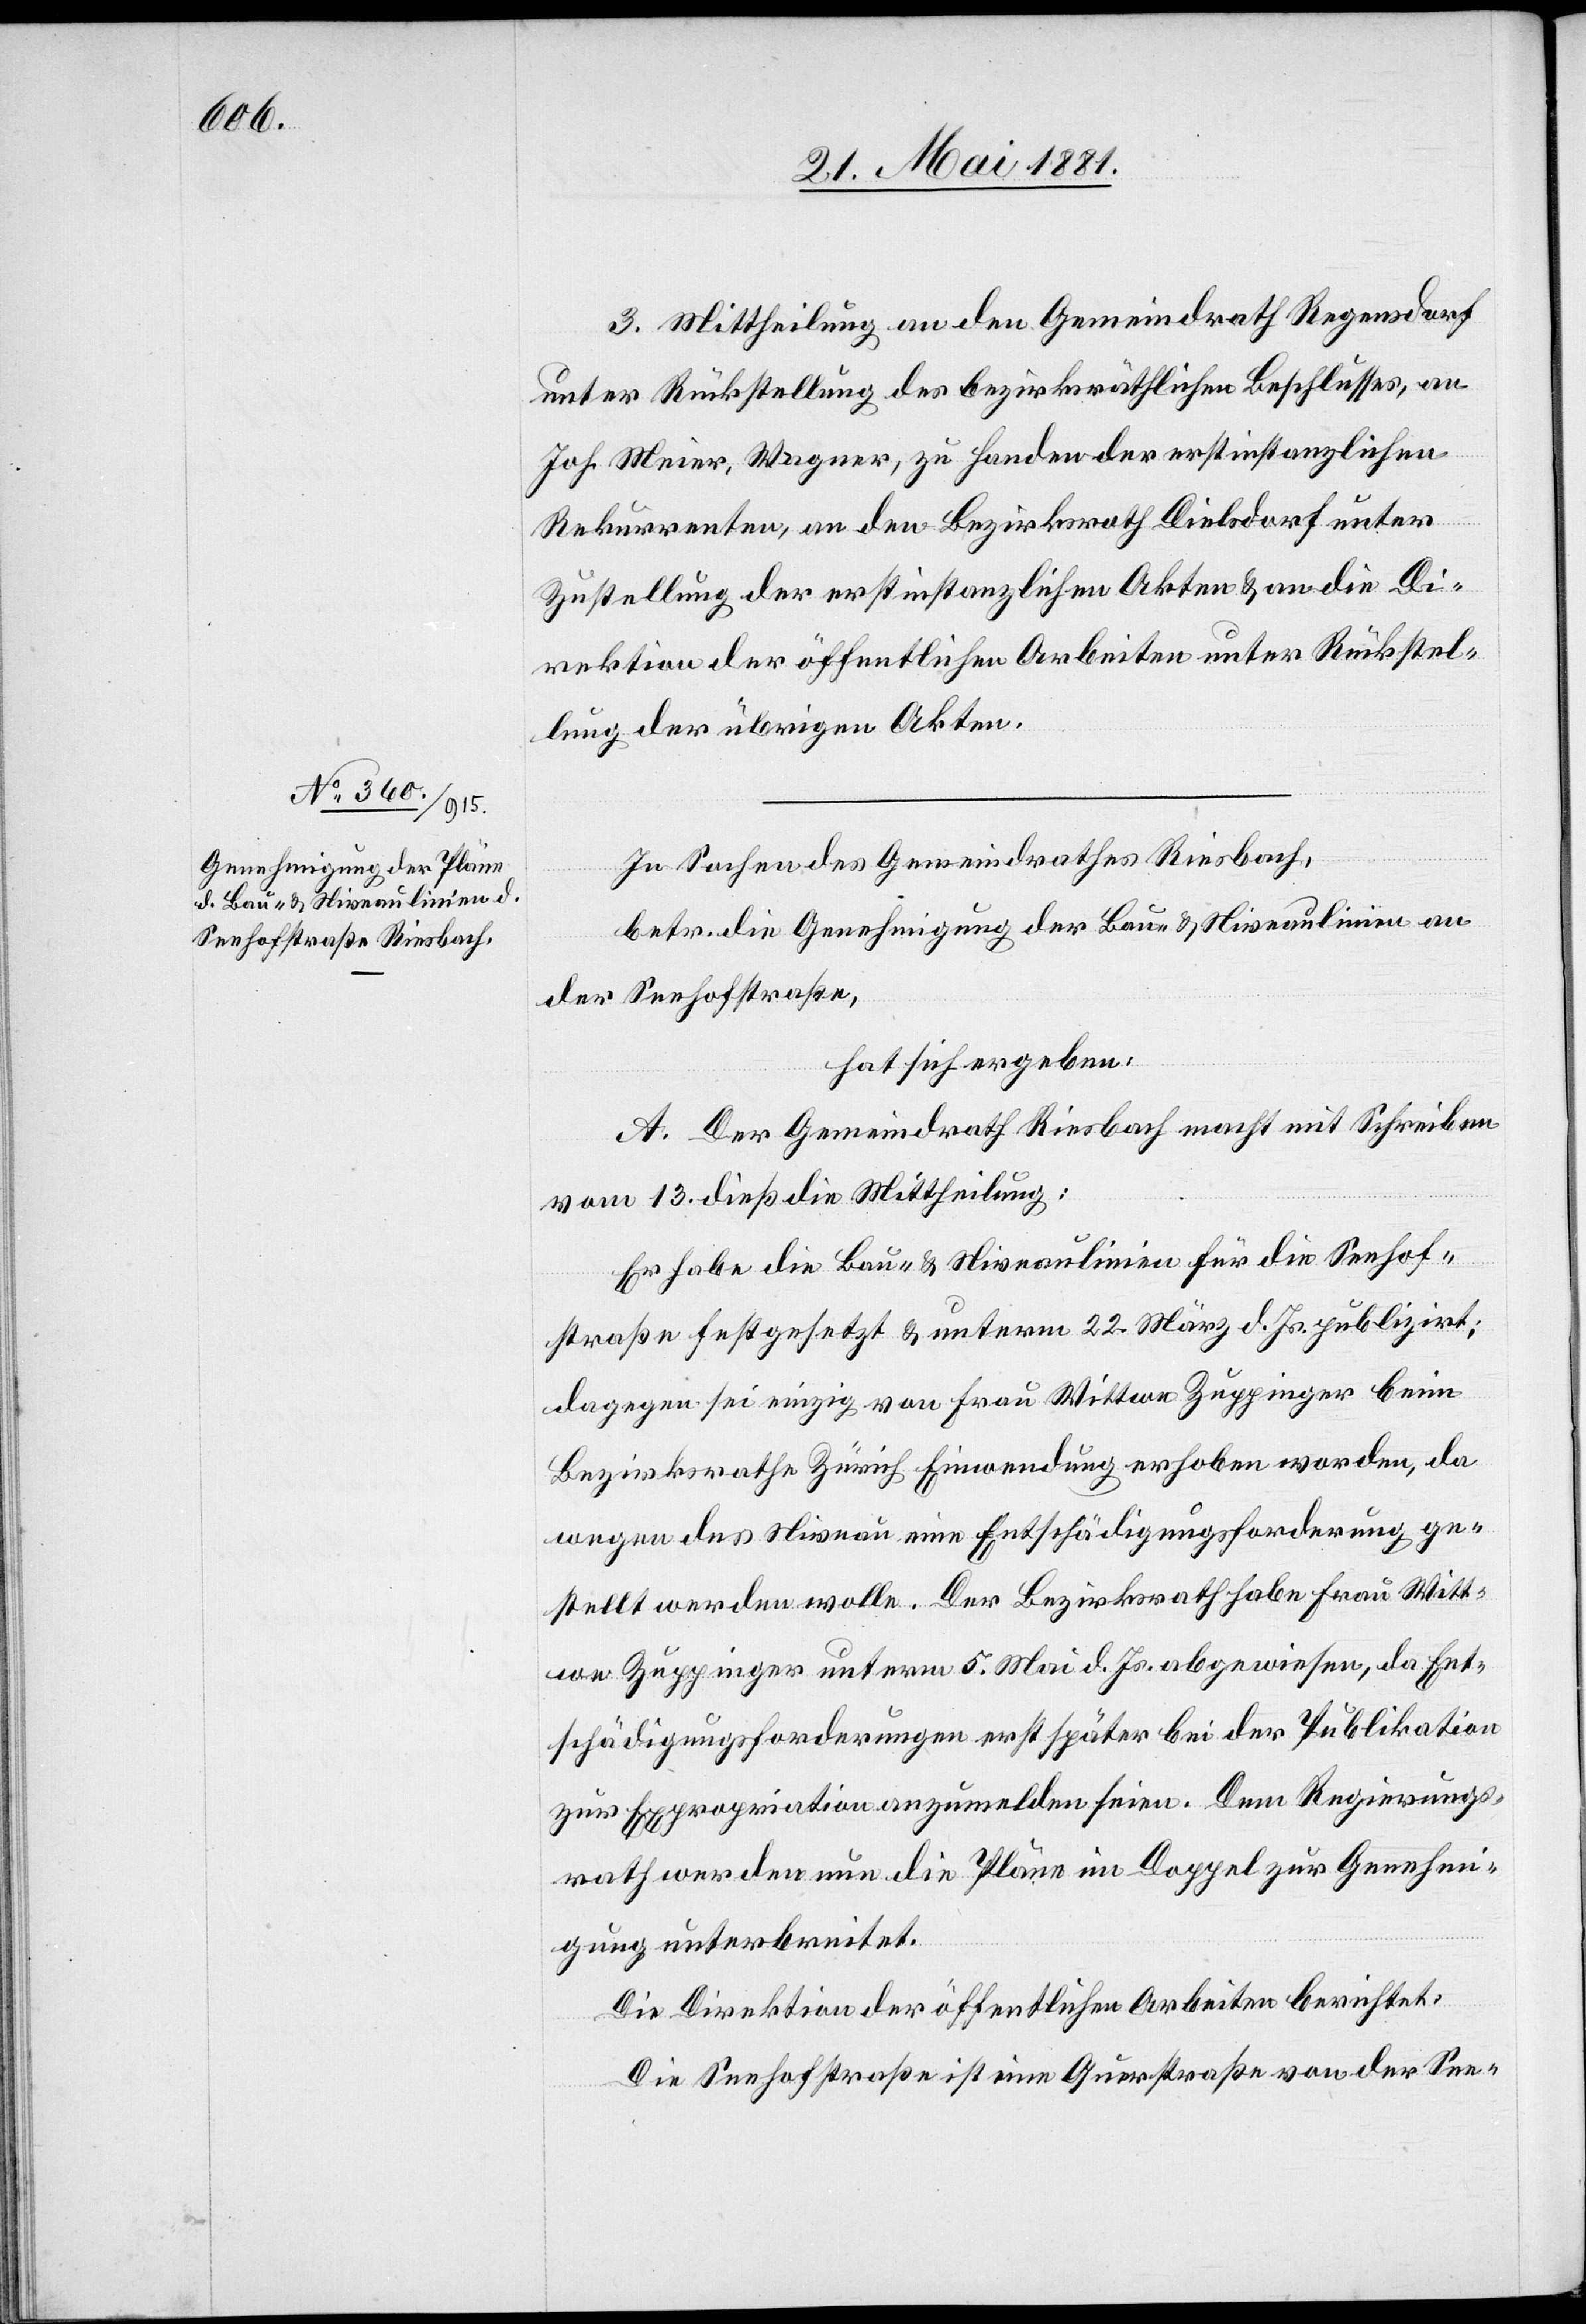
3. Mittheilung an den Gemeindrath Regensdorf
unter Rückstellung des bezirksräthlichen Beschlusses, an
Joh. Meier, Wagner, zu Handen der erstinstanzlichen
Rekurrenten, an den Bezirksrath Dielsdorf unter
Zustellung der erstinstanzlichen Akten & an die Di¬
rektion der öffentlichen Arbeiten unter Rückstel¬
lung der übrigen Akten.
In Sachen des Gemeindrathes Riesbach,
betr. die Genehmigung der Bau- & Niveaulinien an
der Seehofstraße,
hat sich ergeben:
A. Der Gemeindrath Riesbach macht mit Schreiben
vom 13. dieß die Mittheilung:
Er habe die Bau- & Niveaulinien für die Seehof¬
straße festgesetzt & unterm 22. März d. Js. publizirt;
dagegen sei einzig von Frau Wittwe Zuppinger beim
Bezirksrath Zürich Einwendung erhoben worden, da
wegen des Niveau eine Entschädigungsforderung ge¬
stellt werden wolle. Der Bezirksrath habe Frau Witt¬
we Zuppinger unterm 5. Mai d. Js. abgewiesen, da Ent¬
schädigungsforderungen erst später bei der Publikation
zur Expropriation anzumelden seien. Dem Regierungs¬
rath werden nun die Pläne im Doppel zur Genehmi¬
gung unterbreitet.
Die Direktion der öffentlichen Arbeiten berichtet:
Die Seehofstraße ist eine Querstraße von der See-